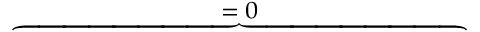
\overbrace { \phantom { \left. \sum _ { k = 1 } ^ { 3 } \sum _ { i = 1 } ^ { 2 } \sum _ { p = 1 } ^ { P _ { k } ^ { ( i ) } } 2 \kappa ^ { ( i ) } \tilde { E } _ { k } \Re \left\{ ( \mathrm { d } _ { \rho } Q _ { p , k } ^ { ( i ) } ) \right\} \right| _ { 0 } ^ { T } } } ^ { = \; 0 }